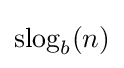
\mathrm {slog} _{b}(n)